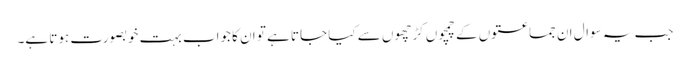
جب یہ سوال ان جماعتوں کے چمچوں کڑچھوں سے کیا جاتا ہے تو ان کا جواب بہت خوبصورت ہوتا ہے۔